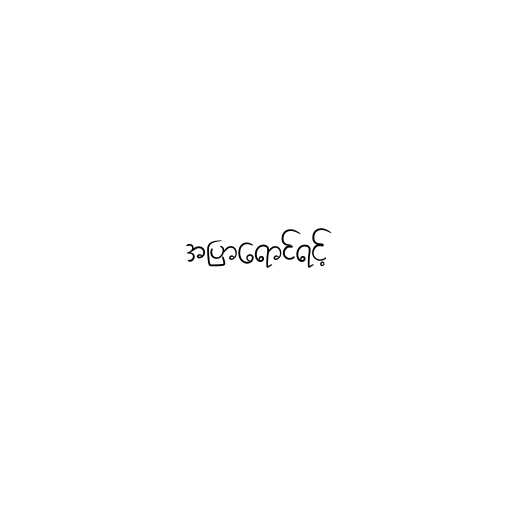
အပြာရောင်ရင့်